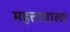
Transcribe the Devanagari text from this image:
महत्तावाला